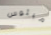
ميئوس